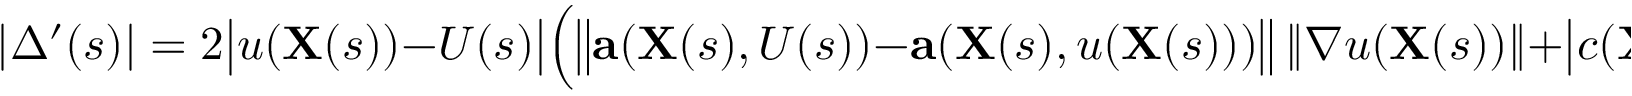
| \Delta ^ { \prime } ( s ) | = 2 { \big | } u ( \mathbf { X } ( s ) ) - U ( s ) { \big | } { \Big ( } { \big \| } \mathbf { a } ( \mathbf { X } ( s ) , U ( s ) ) - \mathbf { a } ( \mathbf { X } ( s ) , u ( \mathbf { X } ( s ) ) ) { \big \| } \ \| \nabla u ( \mathbf { X } ( s ) ) \| + { \big | } c ( \mathbf { X } ( s ) , U ( s ) ) - c ( \mathbf { X } ( s ) , u ( \mathbf { X } ( s ) ) ) { \big | } { \Big ) }